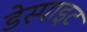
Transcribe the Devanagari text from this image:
डेस्पाइट